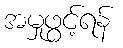
အမှုဖွင့်ရန်